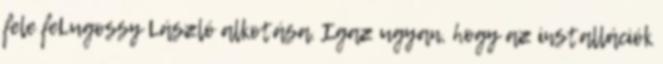
fele feLugossy László alkotása. Igaz ugyan, hogy az installációk